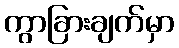
ကွာခြားချက်မှာ